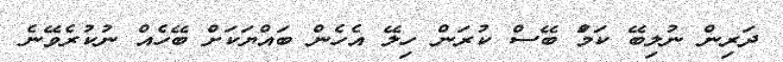
ދަރިން ނުލިބޭ ކަމަް ބޭސް ކުރަން ހިލޭ އެހެން ބައްޔަކަށް ބޭހެއް ނުކުރެވޭނެ